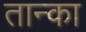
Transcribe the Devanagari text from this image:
तान्का